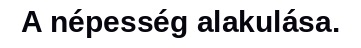
A népesség alakulása.